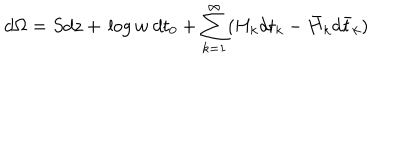
LaTeX: d \Omega = S d z + \, \mathrm { l o g } \, w \ d t _ { 0 } + \sum _ { k = 1 } ^ { \infty } ( H _ { k } d t _ { k } - \bar { H } _ { k } d \bar { t } _ { k } )